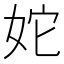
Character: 𡛥